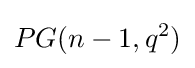
PG(n-1,q^{2})